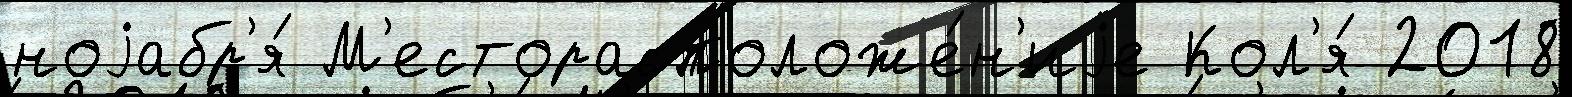
ноjабр'я́ М'есторасположе́н'иjе Кол'я́ 2018